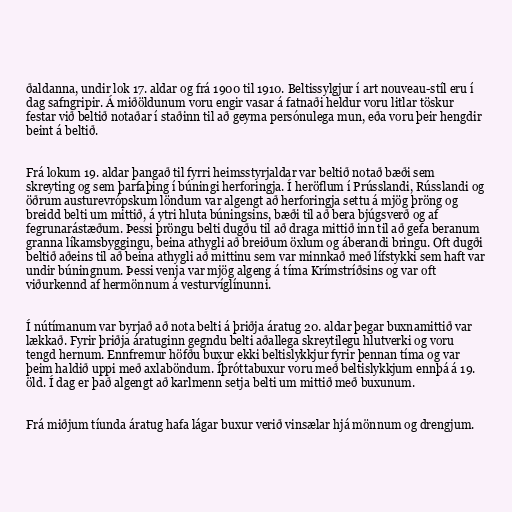
ðaldanna, undir lok 17. aldar og frá 1900 til 1910. Beltissylgjur í art nouveau-stíl eru í
dag safngripir. Á miðöldunum voru engir vasar á fatnaði heldur voru litlar töskur
festar við beltið notaðar í staðinn til að geyma persónulega mun, eða voru þeir hengdir
beint á beltið.

Frá lokum 19. aldar þangað til fyrri heimsstyrjaldar var beltið notað bæði sem
skreyting og sem þarfaþing í búningi herforingja. Í heröflum í Prússlandi, Rússlandi og
öðrum austurevrópskum löndum var algengt að herforingja settu á mjög þröng og
breidd belti um mittið, á ytri hluta búningsins, bæði til að bera bjúgsverð og af
fegrunarástæðum. Þessi þröngu belti dugðu til að draga mittið inn til að gefa beranum
granna líkamsbyggingu, beina athygli að breiðum öxlum og áberandi bringu. Oft dugði
beltið aðeins til að beina athygli að mittinu sem var minnkað með lífstykki sem haft var
undir búningnum. Þessi venja var mjög algeng á tíma Krímstríðsins og var oft
viðurkennd af hermönnum á vesturvíglínunni.

Í nútímanum var byrjað að nota belti á þriðja áratug 20. aldar þegar buxnamittið var
lækkað. Fyrir þriðja áratuginn gegndu belti aðallega skreytilegu hlutverki og voru
tengd hernum. Ennfremur höfðu buxur ekki beltislykkjur fyrir þennan tíma og var
þeim haldið uppi með axlaböndum. Íþróttabuxur voru með beltislykkjum ennþá á 19.
öld. Í dag er það algengt að karlmenn setja belti um mittið með buxunum.

Frá miðjum tíunda áratug hafa lágar buxur verið vinsælar hjá mönnum og drengjum.